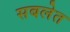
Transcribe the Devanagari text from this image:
सबलेत